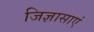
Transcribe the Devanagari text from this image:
जिज्ञासाएं